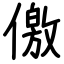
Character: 儌